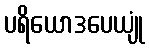
ပရိယောဒပေယျုံ